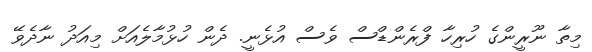
މިތާ ނޫރީންގެ ހުރިހާ ފްރެންޑްސް ވެސް އުޅެނީ. ދެން ހުޅުމާލެއަށް މިއަދު ނާދެވޭ